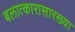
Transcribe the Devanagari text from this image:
बलात्कारासारख्या